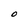
Character: O